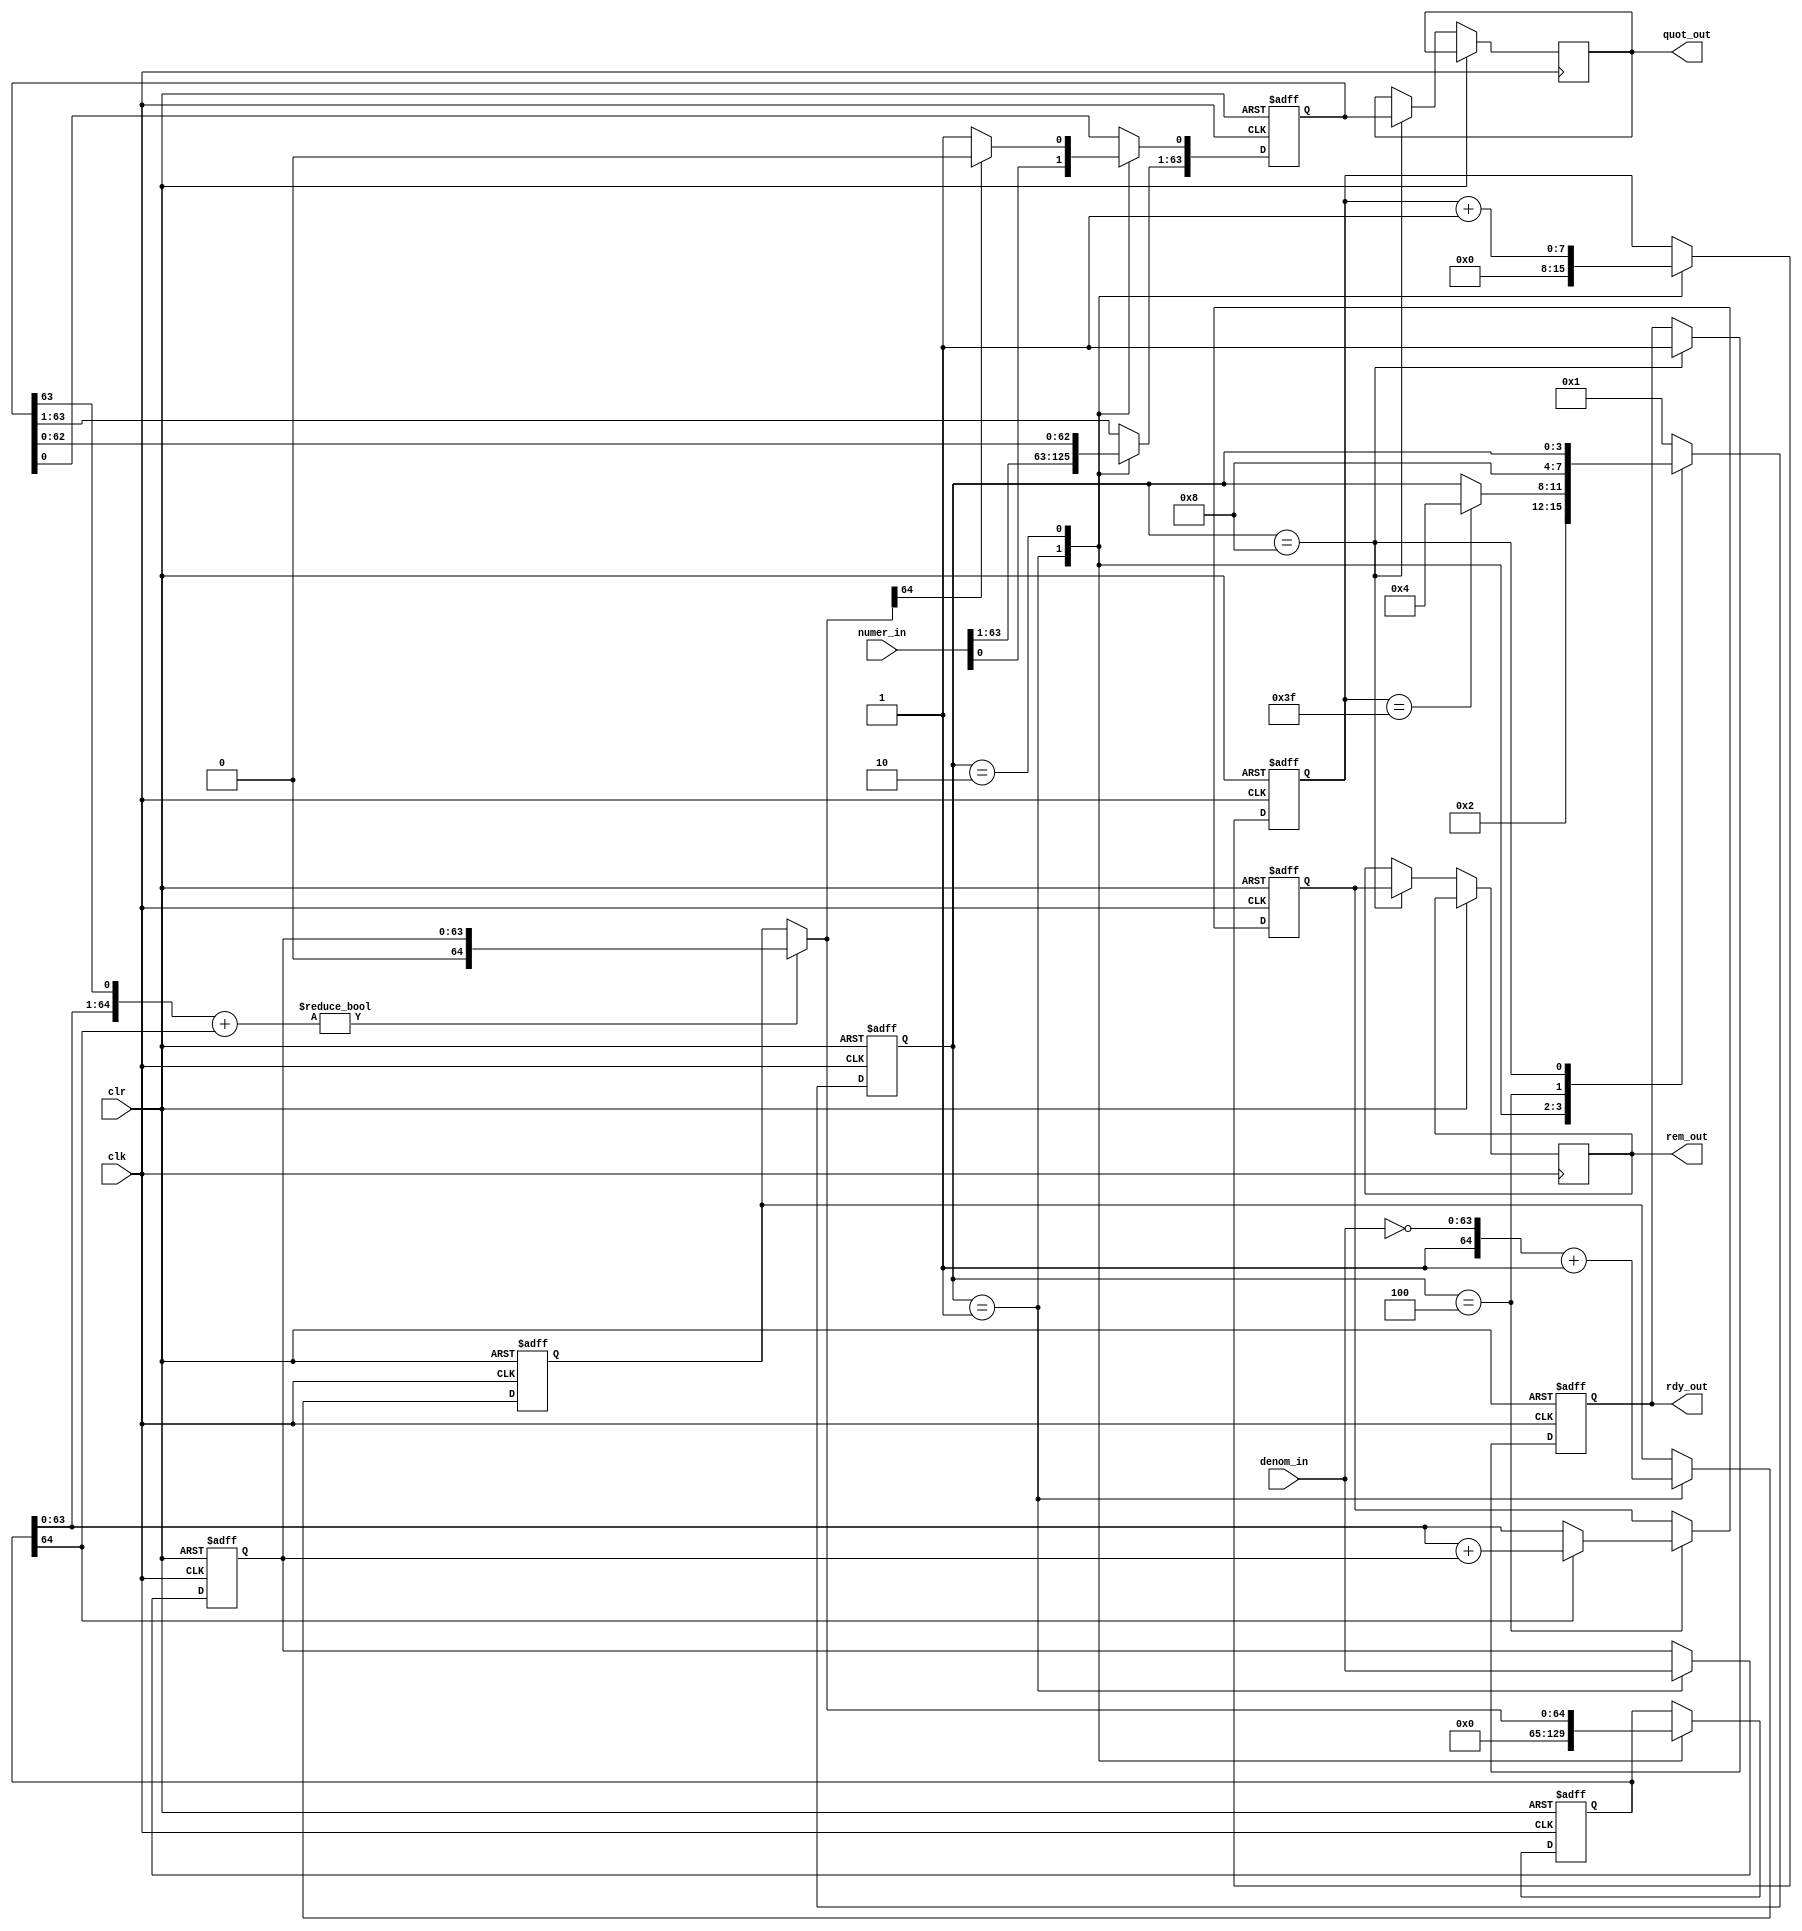
module nonrestore_div #(
	parameter	NUMERATOR_WIDTH		= 64,
	parameter	DENOMINATOR_WIDTH	= 64
)(
	input										clk,
	input										clr,
	input		[NUMERATOR_WIDTH	- 1	: 0]	numer_in,
	input		[DENOMINATOR_WIDTH	- 1	: 0]	denom_in,
	output	reg	[NUMERATOR_WIDTH	- 1	: 0]	quot_out,
	output	reg	[DENOMINATOR_WIDTH	- 1	: 0]	rem_out,
	output	reg									rdy_out
);
localparam	s0 = 4'b0001;
localparam	s1 = 4'b0010;
localparam	s2 = 4'b0100;
localparam	s3 = 4'b1000;

localparam	TMPVAR_WIDTH		= NUMERATOR_WIDTH + DENOMINATOR_WIDTH;
localparam	REM_ITER_MSB		= DENOMINATOR_WIDTH;
localparam	QUOT_MSB			= NUMERATOR_WIDTH - 1;

reg			[3						: 0]	state;
reg			[NUMERATOR_WIDTH	- 1	: 0]	numer;
reg			[DENOMINATOR_WIDTH	- 1	: 0]	denom;
reg			[DENOMINATOR_WIDTH		: 0]	denom_neg;
reg			[NUMERATOR_WIDTH	- 1	: 0]	quot;
reg			[DENOMINATOR_WIDTH	- 1 : 0]	rem;
reg			[DENOMINATOR_WIDTH		: 0]	rem_iter;
reg			[7						: 0]	count;

wire		[DENOMINATOR_WIDTH		: 0]	rem_iter_shift;
wire		[NUMERATOR_WIDTH	- 1 : 0]	quot_shift;
wire		[DENOMINATOR_WIDTH		: 0]	rem_iter_sum;

assign		{rem_iter_shift, quot_shift} = {rem_iter, quot} << 1;
assign		rem_iter_sum = rem_iter_shift + (rem_iter[REM_ITER_MSB]) ? denom : denom_neg;

always @ (posedge clk or posedge clr)
begin
	if (clr) begin
		state		<= s0;
		rdy_out		<= 1'b0;
		numer		<= 0;
		denom		<= 0;
		denom_neg	<= 0;
		quot		<= 0;
		rem_iter	<= 0;
		rem			<= 0;
		count		<= 0;
	end
	else begin
		case (state)
			s0	: begin
				numer		<= numer_in;
				denom		<= denom_in;
				denom_neg	<= {1'b1,~denom_in} + 1;
				quot		<= numer_in;
				rem_iter	<= 0;
				count		<= 0;
				state		<= s1;
			end
			s1	: begin
				count		<= count + 1;
				quot[QUOT_MSB : 1]	<= quot_shift[QUOT_MSB : 1];
				rem_iter	<= rem_iter_sum;
				if (rem_iter_sum[REM_ITER_MSB]) begin
					quot[0] <= 0;
				end
				else begin
					quot[0] <= 1;
				end
				if (count == NUMERATOR_WIDTH - 1) begin
					state	<= s2;
				end
			end
			s2	: begin
				if (rem_iter[REM_ITER_MSB]) begin	// rem < 0
					rem 	<= rem_iter + denom;
				end
				else begin
					rem 	<= rem_iter;
				end
				state 		<= s3;
			end
			s3	: begin
				quot_out	<= quot;
				rem_out		<= rem;
				rdy_out		<= 1'b1;
			end
			default : begin
				state 		<= s0;
			end
		endcase
	end
end

endmodule